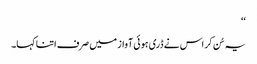
‘‘
یہ سُن کر اس نے ڈری ہوئی آواز میں صرف اتنا کہا۔